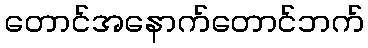
တောင်အနောက်တောင်ဘက်